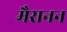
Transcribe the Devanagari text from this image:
मैरानन